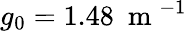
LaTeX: g_{0}=1.48~\mathrm{~m~}^{-1}